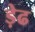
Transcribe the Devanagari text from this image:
ड़ेढ